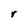
Character: r